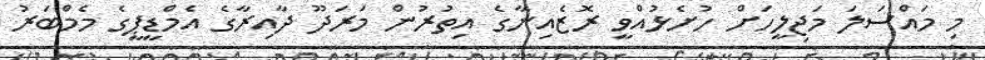
މި މައްސަލަ މަޖިލީހަށް ހުށެޅުއްވީ ރޮޒެއިނާގެ އިތުރުން މަރަދޫ ދާއިރާގެ އެމްޑީޕީގެ މެމްބަރު